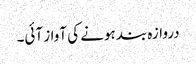
دروازہ بند ہونے کی آواز آئی۔